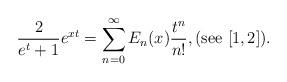
LaTeX: \begin{align*} \frac{2}{e^t+1}e^{xt} = \sum_{n=0}^\infty E_n(x) \frac{t^n}{n!},(\textnormal{see} \,\, [ 1,2]). \end{align*}